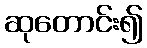
ဆုတောင်း၍